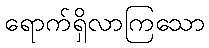
ရောက်ရှိလာကြသော